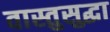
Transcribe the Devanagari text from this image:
वास्तुसुद्धा